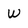
Character: W